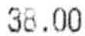
38.00